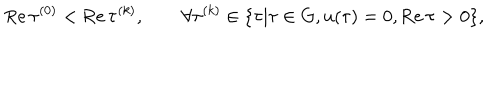
\mathrm { R e } \, \tau ^ { ( 0 ) } < \mathrm { R e } \, \tau ^ { ( k ) } , \qquad \forall \tau ^ { ( k ) } \in \{ \tau | \tau \in G , u ( \tau ) = 0 , \mathrm { R e } \, \tau > 0 \} ,